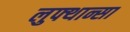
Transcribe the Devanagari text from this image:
लुफ्थान्सा